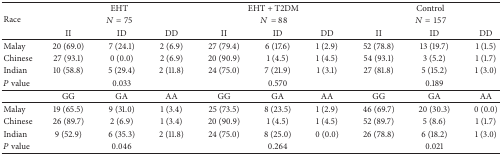
| <ROWSPAN=3> Race | <COLSPAN=3> EHT | <COLSPAN=3> EHT + T2DM | <COLSPAN=3> Control |
 | <COLSPAN=3> N = 75 | <COLSPAN=3> N = 88 | <COLSPAN=3> N = 157 |
 | II | ID | DD | II | ID | DD | II | ID | DD |
 | --- | --- | --- | --- | --- | --- | --- | --- | --- | --- |
 | Malay | 20 (69.0) | 7 (24.1) | 2 (6.9) | 27 (79.4) | 6 (17.6) | 1 (2.9) | 52 (78.8) | 13 (19.7) | 1 (1.5) |
 | Chinese | 27 (93.1) | 0 (0.0) | 2 (6.9) | 20 (90.9) | 1 (4.5) | 1 (4.5) | 54 (93.1) | 3 (5.2) | 1 (1.7) |
 | Indian | 10 (58.8) | 5 (29.4) | 2 (11.8) | 24 (75.0) | 7 (21.9) | 1 (3.1) | 27 (81.8) | 5 (15.2) | 1 (3.0) |
 | P value |  | 0.033 |  |  | 0.570 |  |  | 0.189 |  |
 |  | GG | GA | AA | GG | GA | AA | GG | GA | AA |
 | Malay | 19 (65.5) | 9 (31.0) | 1 (3.4) | 25 (73.5) | 8 (23.5) | 1 (2.9) | 46 (69.7) | 20 (30.3) | 0 (0.0) |
 | Chinese | 26 (89.7) | 2 (6.9) | 1 (3.4) | 20 (90.9) | 1 (4.5) | 1 (4.5) | 52 (89.7) | 5 (8.6) | 1 (1.7) |
 | Indian | 9 (52.9) | 6 (35.3) | 2 (11.8) | 24 (75.0) | 8 (25.0) | 0 (0.0) | 26 (78.8) | 6 (18.2) | 1 (3.0) |
 | P value |  | 0.046 |  |  | 0.264 |  |  | 0.021 |  |